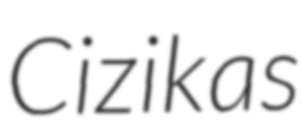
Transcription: Cizikas